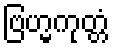
ဗြဟ္မကုတ္တံ